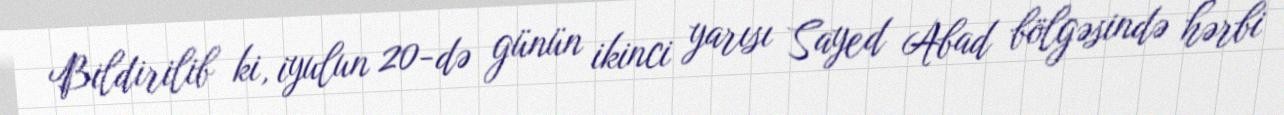
Bildirilib ki, iyulun 20-də günün ikinci yarısı Sayed Abad bölgəsində hərbi